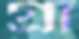
গ্রা